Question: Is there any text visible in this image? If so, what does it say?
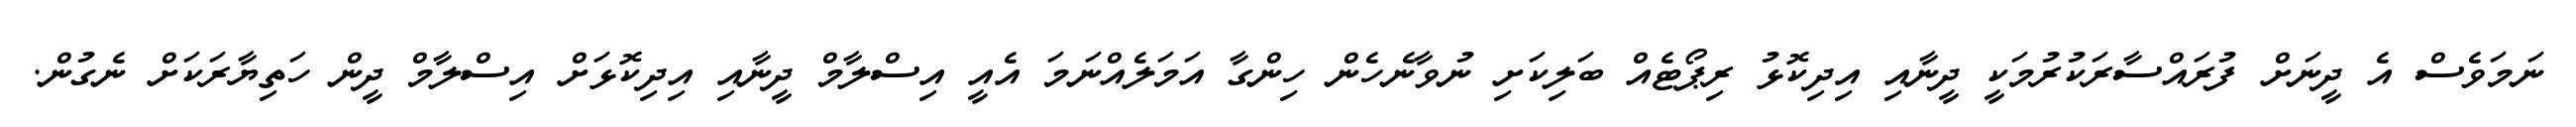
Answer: ނަމަވެސް އެ ދީނަށް ފުރައްސާރަކުރުމަކީ ދީނާއި އިދިކޮޅު ރިޕޯޓެއް ބަލިކަށި ނުވާނެހެން ހިންގާ އަމަލެއްނަމަ އެއީ އިސްލާމް ދީނާއި އިދިކޮޅަށް އިސްލާމް ދީން ހަތިޔާރަކަށް ނެގުން.